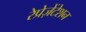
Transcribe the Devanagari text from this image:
रेप्रेज़ेंटेशन